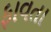
ફાવતા